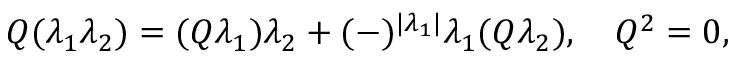
Q ( \lambda _ { 1 } \lambda _ { 2 } ) = ( Q \lambda _ { 1 } ) \lambda _ { 2 } + ( - ) ^ { | \lambda _ { 1 } | } \lambda _ { 1 } ( Q \lambda _ { 2 } ) , \quad Q ^ { 2 } = 0 ,